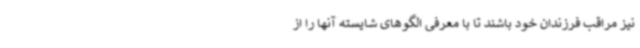
نیز مراقب فرزندان خود باشند تا با معرفی الگوهای شایسته آنها را از